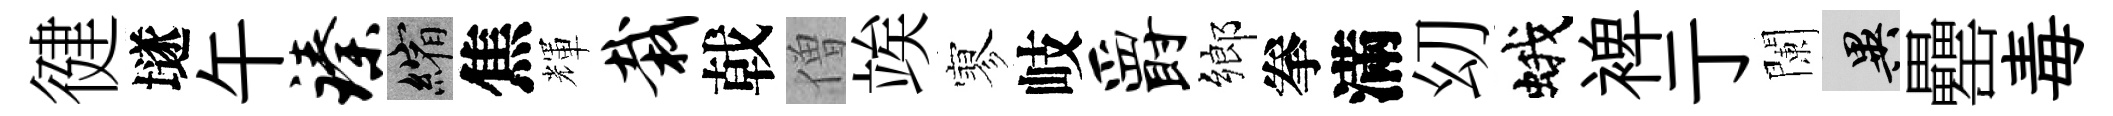
徤𡑞午臻縮焦輝栽戟僧竢寥岐爵鄉拳滿㓜蛾裨亍闌异罍毒